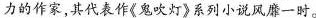
力的作家,其代表作《鬼吹灯》系列小说风靡一时